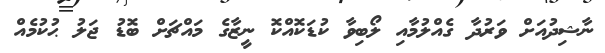
ނާޝިދުއަށް ވަރުދާ ގެއްލުމާއި ލޯބިވާ ކުޑަކޮއްކޮ ނީޒާގެ މައްޗަށް ބޮޑު ޖަލު ޙުކުމެއް